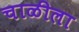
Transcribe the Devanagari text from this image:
चाळीला